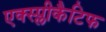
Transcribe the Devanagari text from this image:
एक्स्प्लीकैटिफ